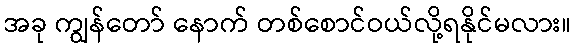
အခု ကျွန်တော် နောက် တစ်စောင်ဝယ်လို့ရနိုင်မလား။